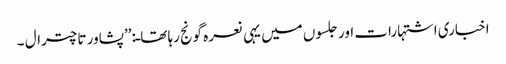
اخباری اشتہارات اور جلسوں میں یہی نعرہ گونج رہا تھاـ:’’پشاور تا چترال ۔